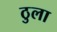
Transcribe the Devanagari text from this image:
ठुला